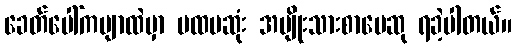
ခေတ်ပေါ်ကဗျာထဲမှာ ပထမဆုံး အမျိုးသားစာပေဆု ရခဲ့ပါတယ်။